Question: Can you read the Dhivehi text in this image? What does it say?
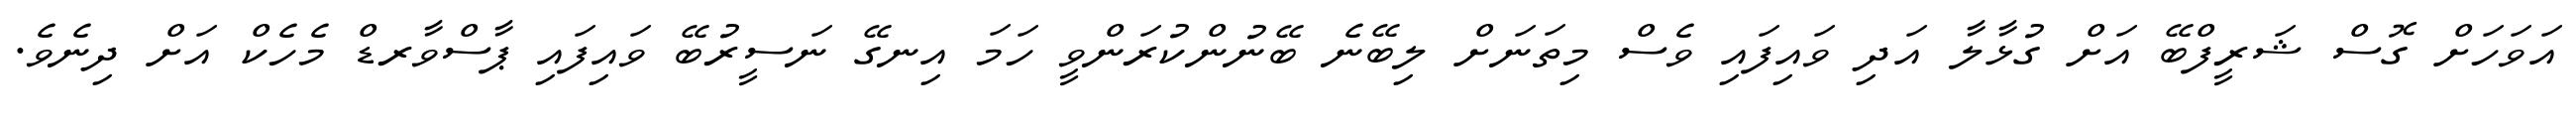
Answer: އަވަހަށް ގޮސް ޝަރީފްބޭ އަށް ގުޅާލާ އަދި ވައިފައި ވެސް މިތަނަށް ލިބޭނެ ބޭނުންކުރަންވީ ހަމަ އިނގޭ ނަސީރުބޭ ވައިފައި ޕާސްވާރޑް މެހެކް އަށް ދިނެވެ.